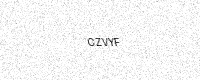
Text: CZVYF